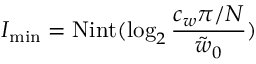
I _ { \mathrm { m i n } } = \mathrm { N i n t } ( \log _ { 2 } \frac { c _ { w } \pi / N } { \tilde { w } _ { 0 } } )